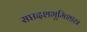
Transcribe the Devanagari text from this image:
सप्तदशभूमिशास्त्र